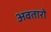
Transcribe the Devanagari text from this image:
अवतारो